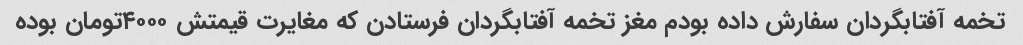
تخمه آفتابگردان سفارش داده بودم مغز تخمه آفتابگردان فرستادن که مغایرت قیمتش ۴۰۰۰تومان بوده